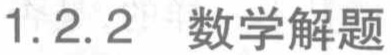
1.2.2 数学解题